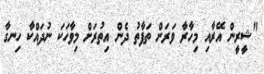
"ޝީރީން އޭރާއި މިހާރާ ވަރަށް ތަފާތު ދެން އިތުރަށް މިވާހަކަ ނުދައްކާ ހިނގާ